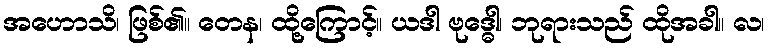
အဟောသိ၊ ဖြစ်၏။ တေန၊ ထို့ကြောင့်။ ယဒါ ဗုဒ္ဓေါ၊ ဘုရားသည် ထိုအခါ။ လ၊